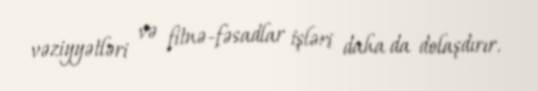
vəziyyətləri və fitnə-fəsadlar işləri daha da dolaşdırır.